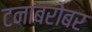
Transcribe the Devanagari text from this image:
टनाबरोबर